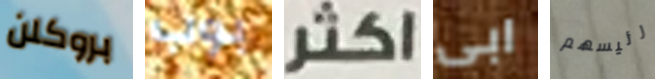
بروكلن بوب اكثر ابى رئيسهم